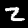
Digit: 2